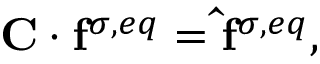
\mathbf { C } \cdot \mathbf { f } ^ { \sigma , e q } = \mathbf { \hat { f } } ^ { \sigma , e q } ,